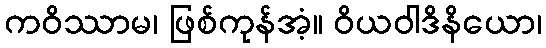
ကဝိဿာမ၊ ဖြစ်ကုန်အံ့။ ဝိယဝါဒိနိယော၊